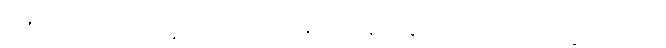
အဍ္ဎတေဠသေဟိ ဘိက္ခုသတေဟီတိ အဍ္ဎသတေန ဦနေဟိ တေရသဟိ ဘိက္ခုသတေဟိ။